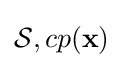
{\mathcal {S}},cp(\mathbf {x} )